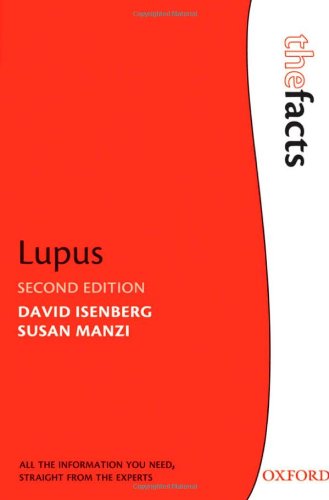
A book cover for Lupus (The Facts Series); David Isenberg; Health, Fitness & Dieting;